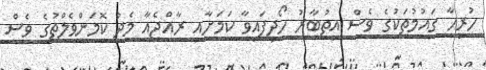
ހުރިހާ ގައުމުތަކުގެ ވެސް އިތުބާރު ހޯދިފައިވާ ކަމަށާއި ރާއްޖެއާ މެދު ކޮމަންވެލްތުގެ ވެސް